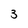
Character: 3